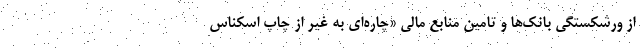
از ورشکستگی بانک‌ها و تامین منابع مالی «چاره‌ای به غیر از چاپ اسکناس